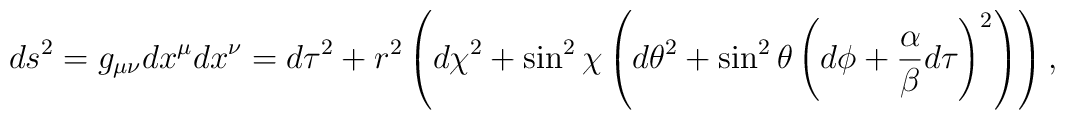
ds^2=g_{\mu\nu}dx^\mu dx^\nu=d\tau^2 + r^2\left(d\chi^2 + \sin^2\chi\left(d\theta^2 +\sin^2\theta\left(d\phi+ {\alpha\over\beta}d\tau\right)^2\right)\right)\space,